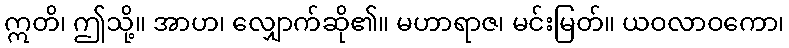
ဣတိ၊ ဤသို့။ အာဟ၊ လျှောက်ဆို၏။ မဟာရာဇ၊ မင်းမြတ်။ ယဝလာဝကော၊